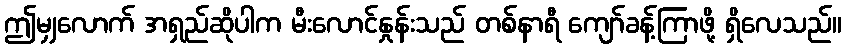
ဤမျှလောက် အရှည်ဆိုပါက မီးလောင်နှုန်းသည် တစ်နာရီ ကျော်ခန့်ကြာဖို့ ရှိလေသည်။